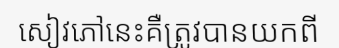
សៀវភៅនេះគឺត្រូវបានយកពី